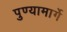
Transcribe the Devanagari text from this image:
पुण्यामार्गे